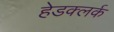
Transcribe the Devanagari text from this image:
हेडक्लर्क